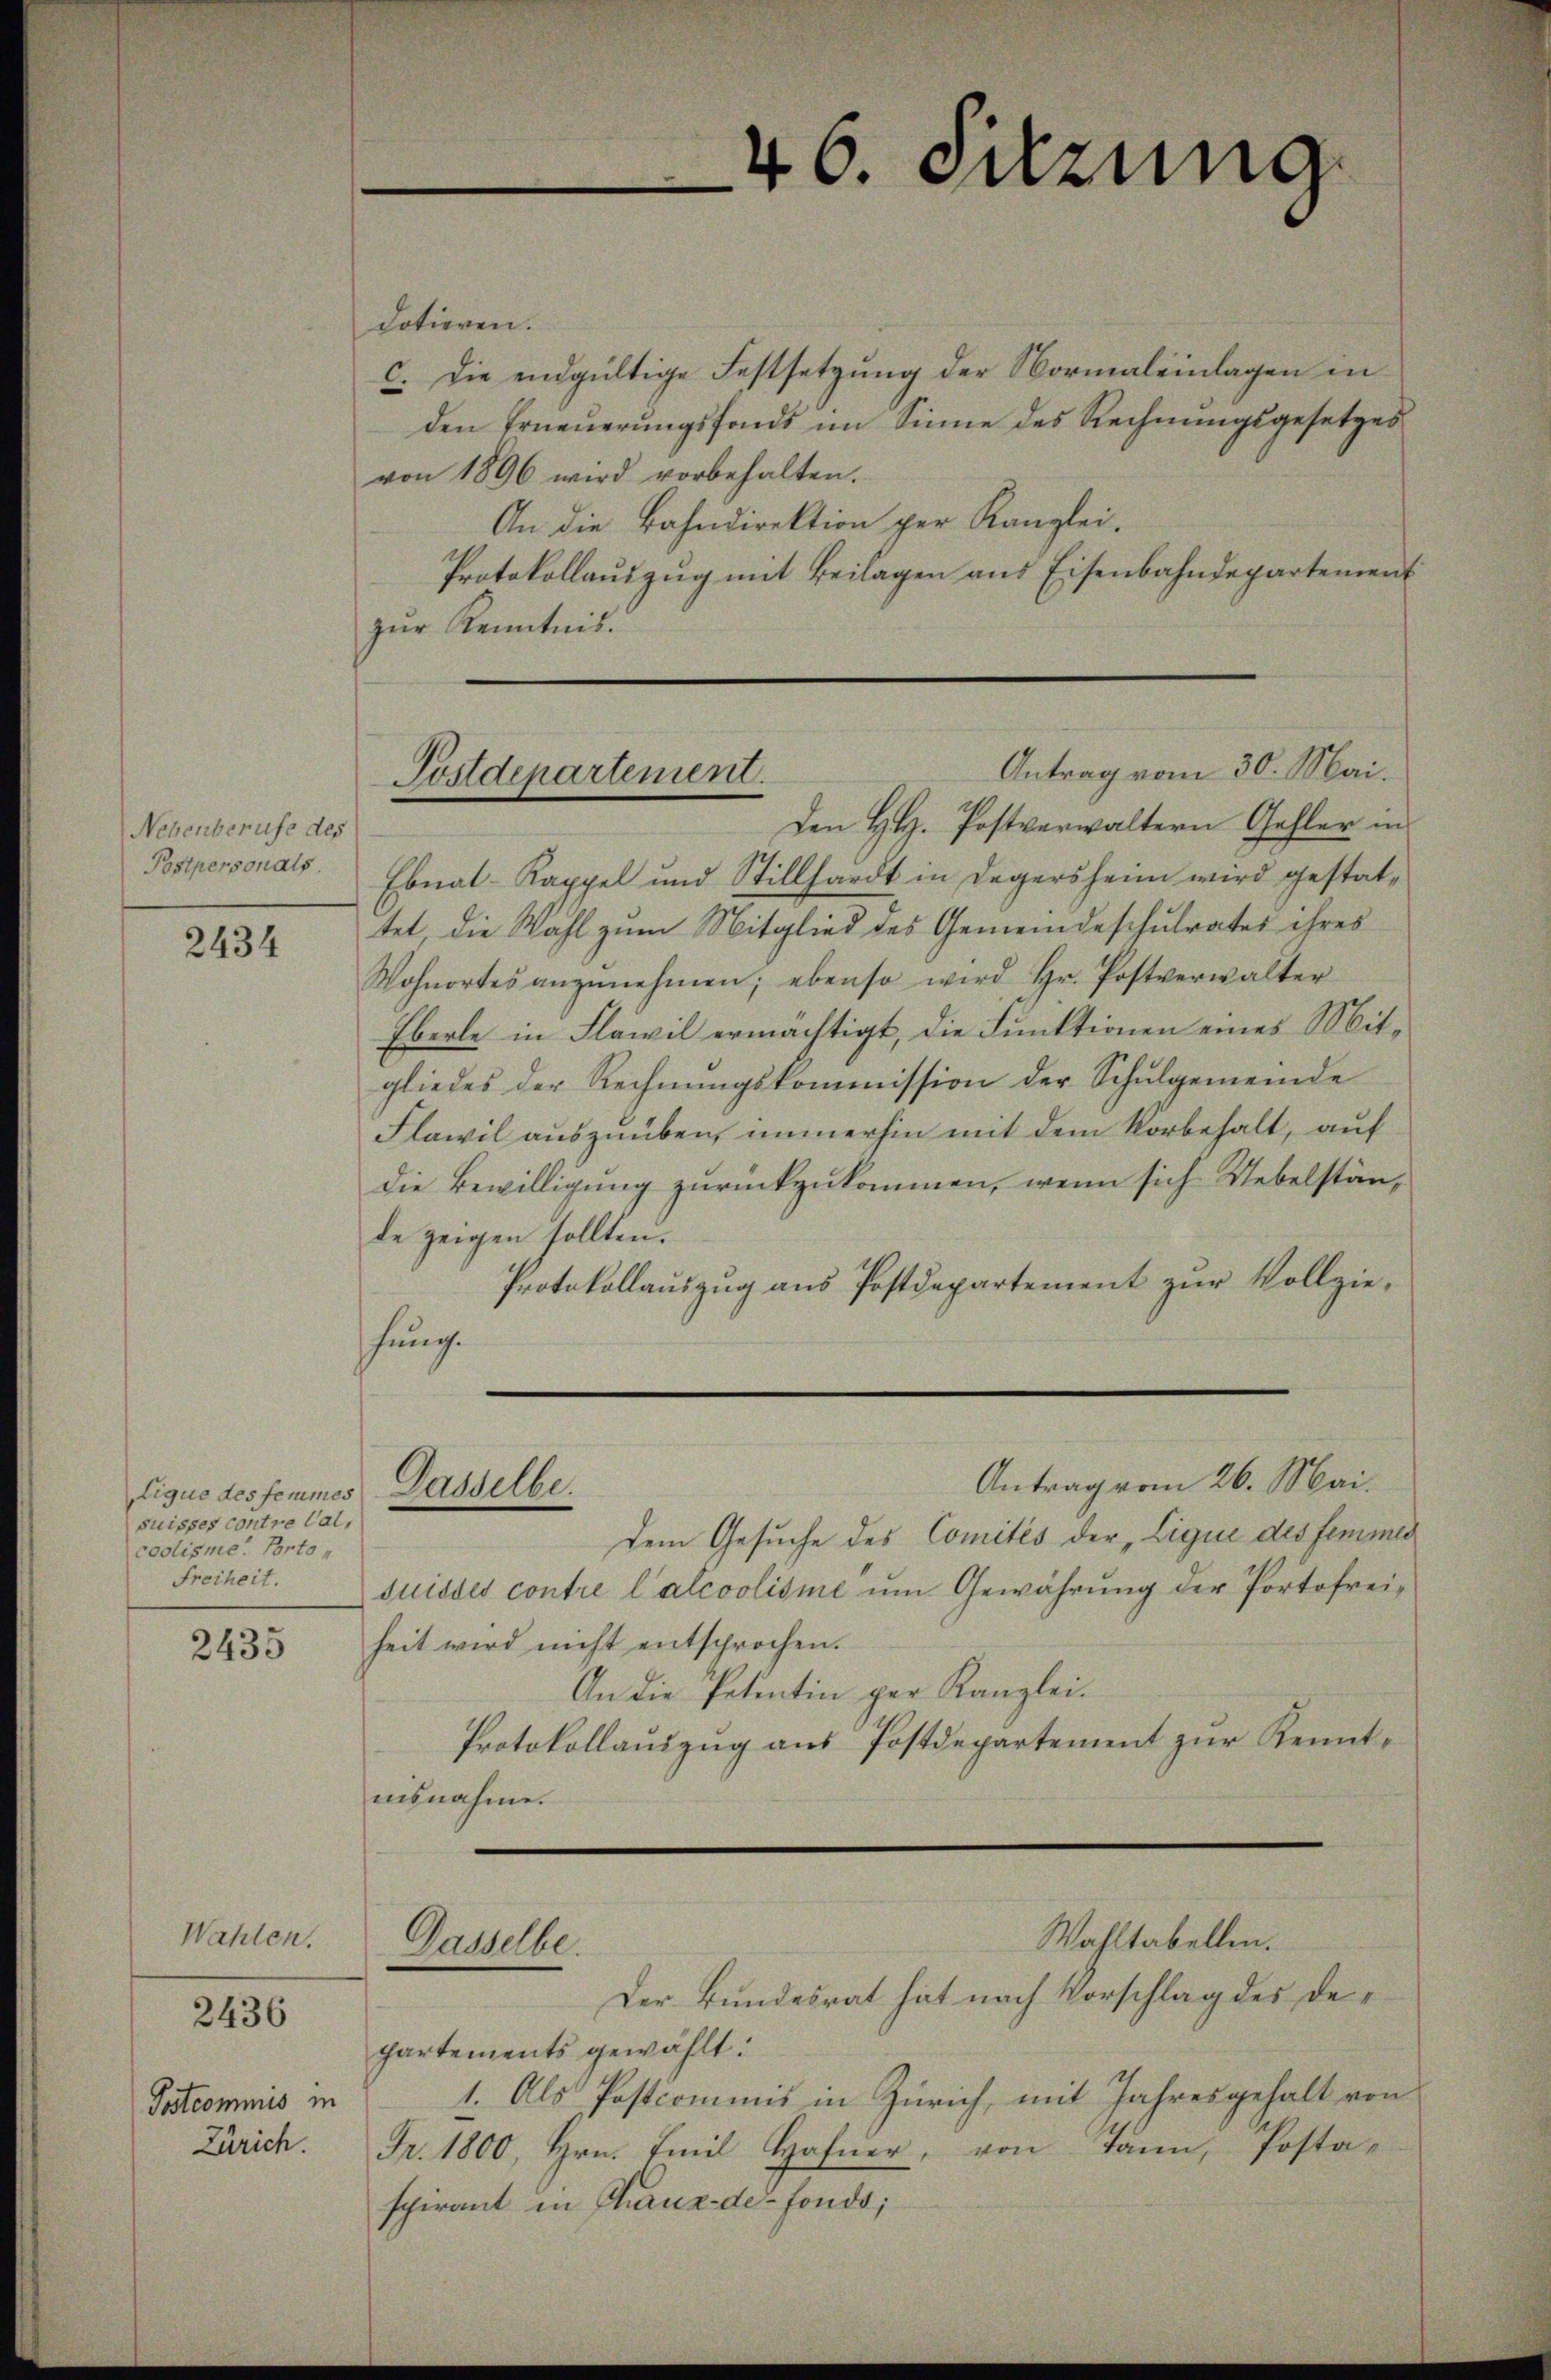
Nebenberufe des
Postpersonals.

2434

suisses contre Cal,
coolisme. Porto,
Freiheit.

2435

Wahlen.

2436

Postcommis in
Zürich.

dotieren.
c. Die endgültige Festsetzung der Normaleinlagen in
den Erneuerungsfonds im Sinne des Rechnungsgesetzes
von 1896 wird vorbehalten.
An die Bahndirektion per Kanzlei.
Protokollauszug mit Beilagen aus Eisenbahndepartement
zŭr Kenntnis.
Den H. Postverwaltern Gehler in
Ebnal-Kappel und Stillhardt in Degers heim wird gestattet, die Wahl zum Mitglied des Gemeindeschulrates ihres
Wohnortes anzŭnehmen; ebenso wird Hr. Postverwalter
Eberle in Flawil ermächtigt, die Funktionen eines Mitgliedes der Rechnungskommission der Schulgemeinde
Flawil auszuüben, immerhin mit dem Vorbehalt, auf
die Bewilligung zurückzukommen, wenn sich Uebelstände zeigen sollten.
Protokollauszug aus Postdepartement zur Vollziehung.
Antrag vom 26. Mai.
tique des femmes Gasselbe.
Dem Gesuche des Comités der „Lique des femmes
suisses contre l’alcoolisie um Gewährung der Portofreiheit wird nicht entsprochen.
An die Petentin per Kanzlei.
Protokollauszug aus Postdepartement zur Kenntusnahme.

46. Sitzung

Antrag vom 30. Mai.
Postdepartement.

Dasselbe.

Wahltabellen.

Der Bundesrat hat nach Vorschlag des De¬
Partements gewählt:
1. Als Postcommis in Zürich, mit Jahresgehalt von
Fr. 1800, Hrn. Emil Hofner, von dann, Posta-
spirant in Chaux-de-Fonds;